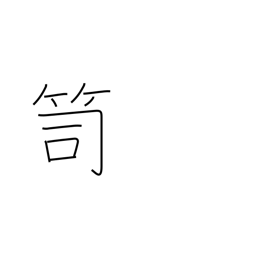
Meaning: clothes chest